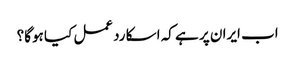
اب ایران پر ہے کہ اسکا ردعمل کیا ہوگا؟